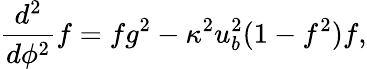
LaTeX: \frac{d^{2}}{d\phi^{2}}f=fg^{2}-\kappa^{2}u_{b}^{2}(1-f^{2})f,